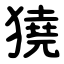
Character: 獟